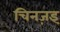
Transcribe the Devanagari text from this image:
चिनज़इ